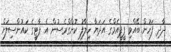
ދާދި ފަހުން ބޭއްވި ޕީޕީއެމްގެ އަދަޔާ ހިލާފު ކޮންގްރެސުން އެ ޕާޓީގެ ކައުންސިލަށް